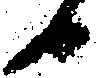
日